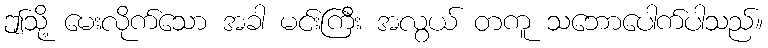
ဤသို့ မေးလိုက်သော အခါ မင်းကြီး အလွယ် တကူ သဘောပေါက်ပါသည်။